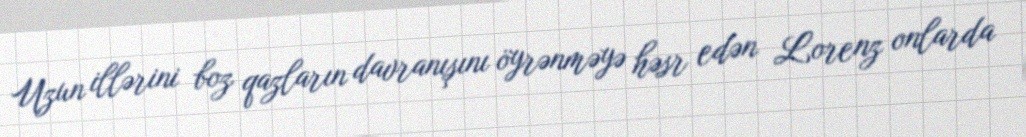
Uzun illərini boz qazların davranışını öyrənməyə həsr edən Lorenz onlarda